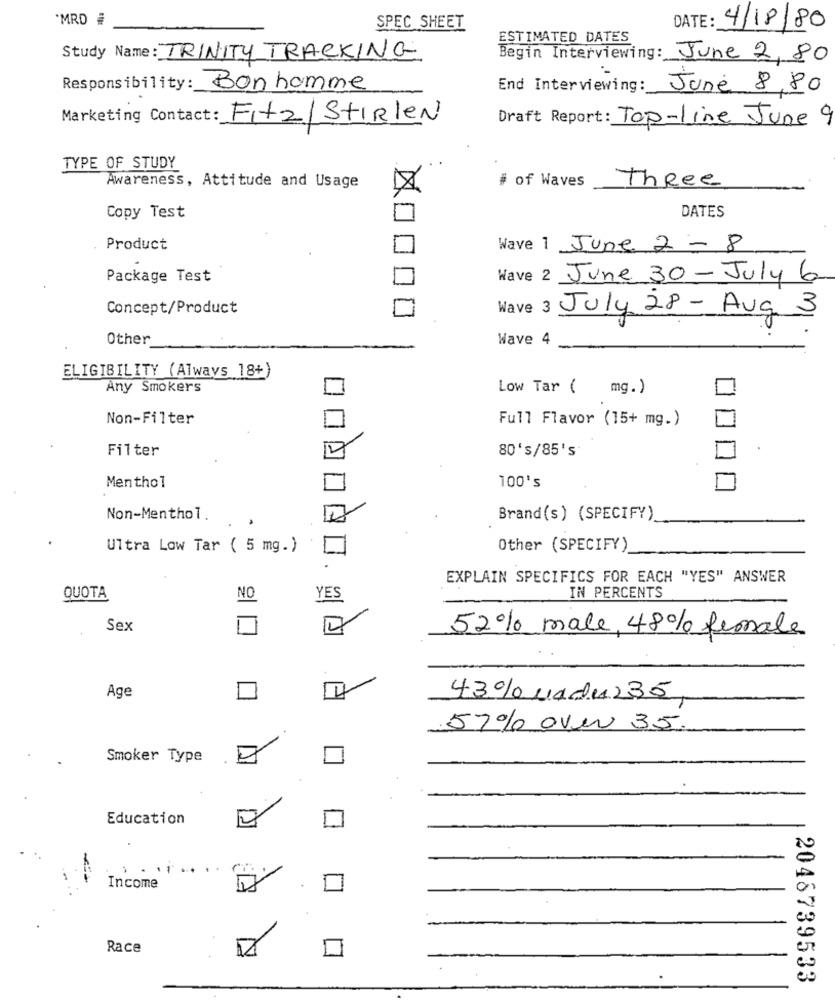
`MRD #
SPEC SHEET
DATE : 4/18/80
ESTIMATED DATES
Study Name: TRINITY TRACKING
Begin Interviewing: June 2, 80
Responsibility: Bonhomme
End Interviewing :_
June 8,80
Marketing Contact: Fitz/StIRlen
Draft Report: Top-line June 9
TYPE OF STUDY
Awareness, Attitude and Usage
Three
# of Waves
DATES
Copy Test
Product
Wave 1 June 2 - 8
Package Test
Wave 2 June 30 - July 6
Concept/Product
Wave 3 July 28 - Aug 3
Other
Wave 4
ELIGIBILITY (Always 18+)
Any Smokers
Low Tar ( mg.)
Non-Filter
Full Flavor (15+ mg.)
Filter
80's/85's
Menthol
100's
Non-Menthol.
Brand(s) (SPECIFY)
Ultra Low Tar ( 5 mg.)
Other (SPECIFY)
EXPLAIN SPECIFICS FOR EACH "YES" ANSWER
QUOTA
NO
YES
IN PERCENTS
Sex
52% male, 48% female
Age
43% uddu235
57% over 35.
Smoker Type
Education
. .
Income
Race
2048739533